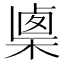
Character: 𣖴